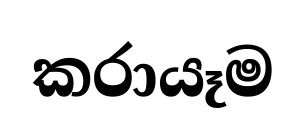
කරායෑම